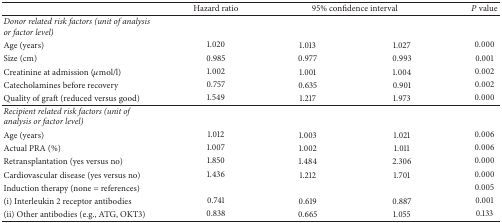
|  | Hazard ratio | <COLSPAN=2> 95% confidence interval | P value |
 | --- | --- | --- | --- | --- |
 | Donor related risk factors (unit of analysis or factor level) |  |  |  |  |
 | Age (years) | 1.020 | 1.013 | 1.027 | 0.000 |
 | Size (cm) | 0.985 | 0.977 | 0.993 | 0.001 |
 | Creatinine at admission (μmol/l) | 1.002 | 1.001 | 1.004 | 0.002 |
 | Catecholamines before recovery | 0.757 | 0.635 | 0.901 | 0.002 |
 | Quality of graft (reduced versus good) | 1.549 | 1.217 | 1.973 | 0.000 |
 | Recipient related risk factors (unit of analysis or factor level) |  |  |  |  |
 | Age (years) | 1.012 | 1.003 | 1.021 | 0.006 |
 | Actual PRA (%) | 1.007 | 1.002 | 1.011 | 0.006 |
 | Retransplantation (yes versus no) | 1.850 | 1.484 | 2.306 | 0.000 |
 | Cardiovascular disease (yes versus no) | 1.436 | 1.212 | 1.701 | 0.000 |
 | Induction therapy (none = references) |  |  |  | 0.005 |
 | (i) Interleukin 2 receptor antibodies | 0.741 | 0.619 | 0.887 | 0.001 |
 | (ii) Other antibodies (e.g., ATG, OKT3) | 0.838 | 0.665 | 1.055 | 0.133 |